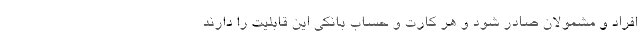
افراد و مشمولان صادر شود و هر کارت و حساب بانکی این قابلیت را دارند